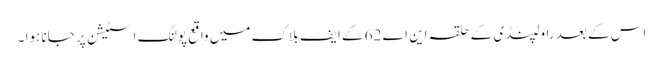
اس کے بعد راولپنڈی کے حلقہ این اے 62 کے ایف بلاک میں واقع پولنگ اسٹیشن پر جانا ہوا ۔